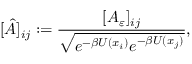
[ \hat { A } ] _ { i j } : = \frac { [ A _ { \varepsilon } ] _ { i j } } { \sqrt { e ^ { - \beta U ( x _ { i } ) } e ^ { - \beta U ( x _ { j } ) } } } ,